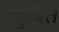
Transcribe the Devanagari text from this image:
बहुवित्त